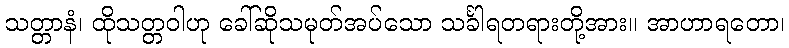
သတ္တာနံ၊ ထိုသတ္တဝါဟု ခေါ်ဆိုသမုတ်အပ်သော သင်္ခါရတရားတို့အား။ အာဟာရတော၊